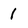
Character: 1